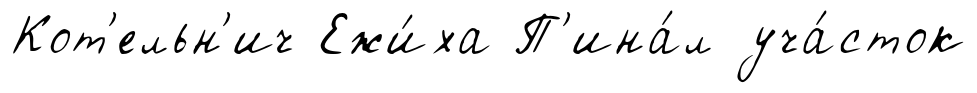
Кот'ельн'ич Ежи́ха П'ина́л уча́сток